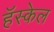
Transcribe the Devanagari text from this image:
हॅस्केल